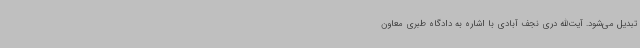
تبدیل می‌شود. آیت‌الله دری نجف آبادی با اشاره به دادگاه طبری معاون